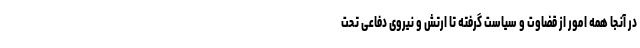
در آنجا همه امور از قضاوت و سیاست گرفته تا ارتش و نیروی دفاعی تحت